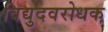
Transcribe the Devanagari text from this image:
विद्युदवरोधक